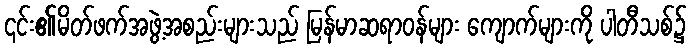
၎င်း၏မိတ်ဖက်အဖွဲ့အစည်းများသည် မြန်မာဆရာဝန်များ ကျောက်များကို ပါတီသစ်၌